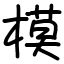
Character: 模